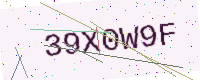
Text: 39X0W9F